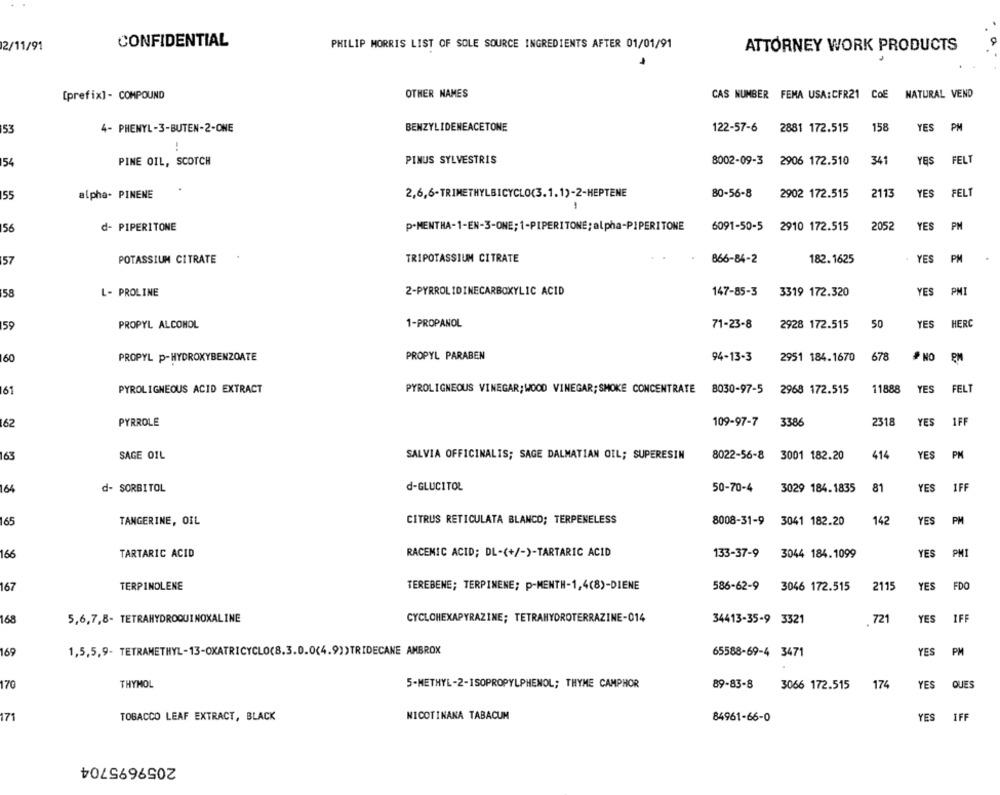
2/11/91
CONFIDENTIAL
PHILIP MORRIS LIST OF SOLE SOURCE INGREDIENTS AFTER 01/01/91
ATTORNEY WORK PRODUCTS
[prefix] - COMPOUND
OTHER NAMES
CAS NUMBER FEMA USA:CFR21 COE
NATURAL VEND
53
4- PHENYL-3-BUTEN-2-ONE
BENZYLIDENEACETONE
122-57-6
158
2881 172.515
YES PM
341
FEL
154
PINE OIL, SCOTCH
PINUS SYLVESTRIS
8002-09-3 2906 172.510
YES
55
alpha- PINENE
2,6,6-TRIMETHYLBICYCLO(3.1.1)-2-HEPTENE
80-56-8
2902 172.515
2113
YES
FELT
56
d- PIPERITONE
P.MENTHA-1-EN-3-ONE; 1-PIPERITONE; alpha-PIPERITONE
6091-50-5
2910 172.515
2052
YES PM
157
POTASSIUM CITRATE
TRIPOTASSIUM CITRATE
866-84-2
182.1625
YES
PM
58
L- PROLINE
2-PYRROL IDINECARBOXYLIC ACID
147-85-3
3319 172.320
YES
PMI
59
PROPYL ALCOHOL
1-PROPANOL
71-23-8
2928 172.515
50
YES
HERC
160
PROPYL P-HYDROXYBENZOATE
PROPYL PARABEN
94-13-3
2951 184.1670
678
* NO
161
PYROLIGNEOUS ACID EXTRACT
PYROLIGNEOUS VINEGAR;WOOD VINEGAR; SMOKE CONCENTRATE 8030-97-5
2968 172.515
11888
YES
FEL
2318
YES
1FF
162
PYRROLE
109-97-7
3386
163
SAGE OIL
SALVIA OFFICINALIS; SAGE DALMATIAN OIL; SUPERESIN
8022-56-8
3001 182.20
414
YES
PM
d-GLUCITOL
164
d- SORBITOL
50-70-4
3029 184.1835
81
YES
IFF
165
TANGERINE, OIL
CITRUS RETICULATA BLANCO; TERPENELESS
8008-31-9
3041 182.20
142
YES
PM
166
TARTARIC ACID
RACEMIC ACID; DL-(+/-)-TARTARIC ACID
133-37-9
3044 184.1099
YES
PMI
167
TERPINOLENE
TEREBENE; TERPINENE; p-MENTH-1,4(8)-DIENE
586-62-9
3046 172.515
2115
YES
FDO
168
5,6,7,8- TETRAHYDROQUINOXALINE
CYCLOHEXAPYRAZINE; TETRAHYDROTERRAZINE-014
34413-35-9 3321
721
YES
IFF
169
1,5,5,9- TETRAMETHYL-13-OXATRICYCLO(8.3.0.0(4.9))TRIDECANE AMBROX
65588-69-4 3471
YES
PM
170
THYMOL
5-METHYL-2-ISOPROPYLPHENOL; THYME CAMPHOR
89-83-8
3066 172.515
174
YES
QUES
171
TOBACCO LEAF EXTRACT, BLACK
NICOTINANA TABACUM
YES
IFF
84961-66-0
2059695704